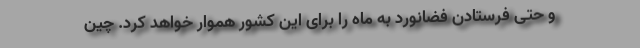
و حتی فرستادن فضانورد به ماه را برای این کشور هموار خواهد کرد. چین